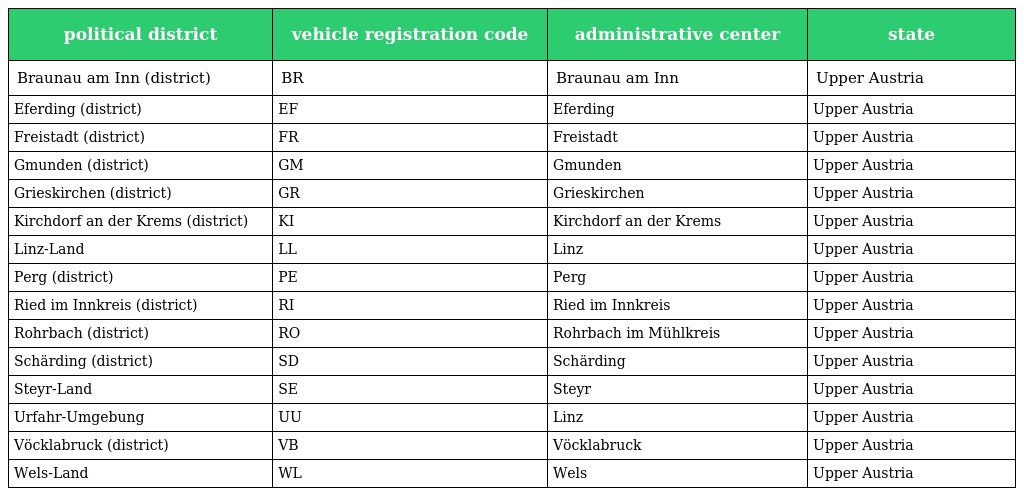
| political district | vehicle registration code | administrative center | state |
 | --- | --- | --- | --- |
 | Braunau am Inn (district) | BR | Braunau am Inn | Upper Austria |
 | Eferding (district) | EF | Eferding | Upper Austria |
 | Freistadt (district) | FR | Freistadt | Upper Austria |
 | Gmunden (district) | GM | Gmunden | Upper Austria |
 | Grieskirchen (district) | GR | Grieskirchen | Upper Austria |
 | Kirchdorf an der Krems (district) | KI | Kirchdorf an der Krems | Upper Austria |
 | Linz-Land | LL | Linz | Upper Austria |
 | Perg (district) | PE | Perg | Upper Austria |
 | Ried im Innkreis (district) | RI | Ried im Innkreis | Upper Austria |
 | Rohrbach (district) | RO | Rohrbach im Mühlkreis | Upper Austria |
 | Schärding (district) | SD | Schärding | Upper Austria |
 | Steyr-Land | SE | Steyr | Upper Austria |
 | Urfahr-Umgebung | UU | Linz | Upper Austria |
 | Vöcklabruck (district) | VB | Vöcklabruck | Upper Austria |
 | Wels-Land | WL | Wels | Upper Austria |